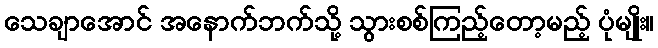
သေချာအောင် အနောက်ဘက်သို့ သွားစစ်ကြည့်တော့မည့် ပုံမျိုး။